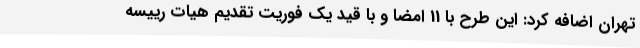
تهران اضافه کرد: این طرح با 11 امضا و با قید یک فوریت تقدیم هیات رییسه